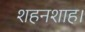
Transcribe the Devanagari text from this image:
शहनशाह।